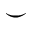
\smile